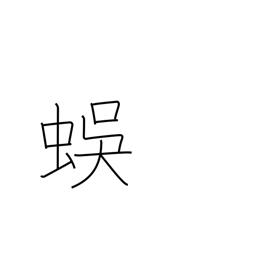
Meaning: centipede